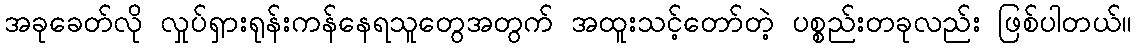
အခုခေတ်လို လှုပ်ရှားရုန်းကန်နေရသူတွေအတွက် အထူးသင့်တော်တဲ့ ပစ္စည်းတခုလည်း ဖြစ်ပါတယ်။